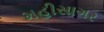
મહીસાગર